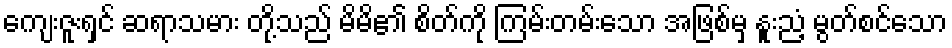
ကျေးဇူးရှင် ဆရာသမား တို့သည် မိမိ၏ စိတ်ကို ကြမ်းတမ်းသော အဖြစ်မှ နူးညံ့ မွတ်စင်သော